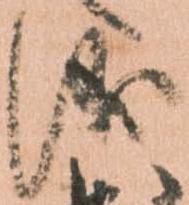
儀